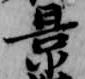
景